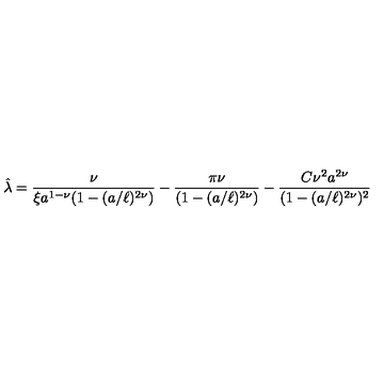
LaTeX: { \hat { \lambda } } = { \frac { \nu } { \xi a ^ { 1 - \nu } ( 1 - ( a / \ell ) ^ { 2 \nu } ) } } - { \frac { \pi \nu } { ( 1 - ( a / \ell ) ^ { 2 \nu } ) } } - { \frac { C \nu ^ { 2 } a ^ { 2 \nu } } { ( 1 - ( a / \ell ) ^ { 2 \nu } ) ^ { 2 } } }